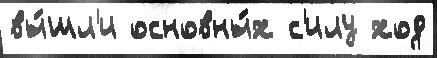
вы́шл'и основны́х с'илу ход